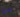
من